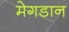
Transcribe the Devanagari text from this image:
मेगडान